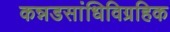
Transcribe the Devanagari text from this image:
कन्नडसांधिविग्रहिक